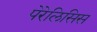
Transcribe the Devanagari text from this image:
पेरेलिसिस